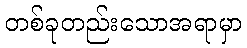
တစ်ခုတည်းသောအရာမှာ